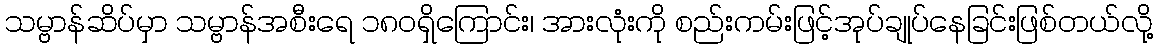
သမ္ဗာန်ဆိပ်မှာ သမ္ဗာန်အစီးရေ ၁၈၀ရှိကြောင်း၊ အားလုံးကို စည်းကမ်းဖြင့်အုပ်ချုပ်နေခြင်းဖြစ်တယ်လို့